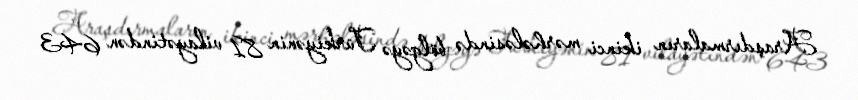
Araşdırmaların ikinci mərhələsində bölgəyə Türkiyənin 81 vilayətindən 643